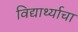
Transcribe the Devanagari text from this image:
विद्यार्थ्याचा